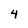
Character: 4